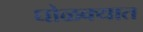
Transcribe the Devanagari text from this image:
घोळक्यात